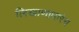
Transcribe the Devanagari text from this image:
लिखाणाधारेच